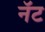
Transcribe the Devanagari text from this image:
नॅट